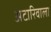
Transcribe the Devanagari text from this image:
अटारिवाला